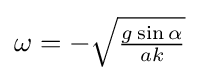
{\textstyle \omega =-{\sqrt {\frac {g\sin \alpha }{ak}}}}